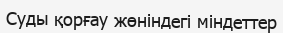
Суды қорғау жөніндегі міндеттер